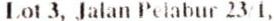
LOT 3, JALAN PELABUR 23/1,